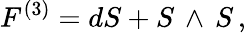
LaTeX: F^{(3)}=dS+S\, \wedge\, S\, ,